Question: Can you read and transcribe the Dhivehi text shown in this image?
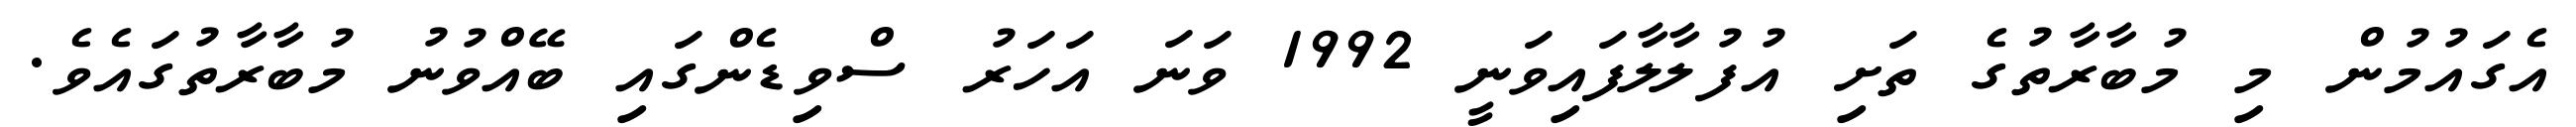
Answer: އެގައުމުން މި މުބާރާތުގެ ތަށި އުފުލާލާފައިވަނީ 1992 ވަނަ އަހަރު ސްވިޑެންގައި ބޭއްވުނު މުބާރާތުގައެވެ.